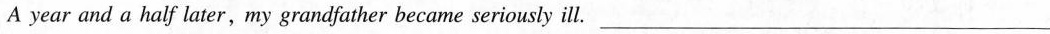
A year and a half,my grandfather became seriously ill.___